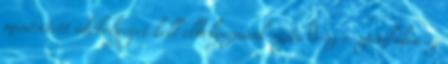
minősített időbélyeget kell elhelyeznünk rajta  az e-számlákra ez